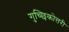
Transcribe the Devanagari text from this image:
गुच्छिकोत्तरी